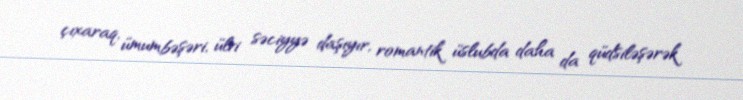
çıxaraq, ümumbəşəri, ülvi səciyyə daşıyır, romantik üslubda daha da qüdsiləşərək